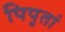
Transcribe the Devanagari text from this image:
पिपृतां